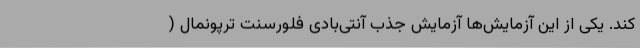
کند. یکی از این آزمایش‌ها آزمایش جذب آنتی‌بادی فلورسنت ترپونمال (